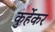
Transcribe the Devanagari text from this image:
कुर्हेकर